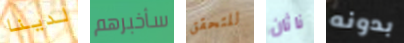
لدينا سأخبرهم للتحقق ناثان بدونه